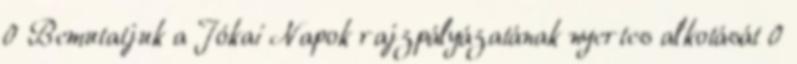
0 Bemutatjuk a Jókai Napok rajzpályázatának nyertes alkotását 0